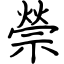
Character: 禜